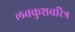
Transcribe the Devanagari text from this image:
लवकुशचरित्र